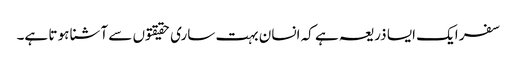
سفر ایک ایسا ذریعہ ہے کہ انسان بہت ساری حقیقتوں سے آشنا ہو تا ہے۔